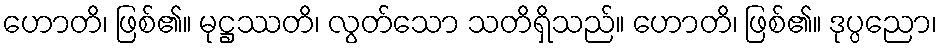
ဟောတိ၊ ဖြစ်၏။ မုဋ္ဌဿတိ၊ လွတ်သော သတိရှိသည်။ ဟောတိ၊ ဖြစ်၏။ ဒုပ္ပညော၊